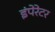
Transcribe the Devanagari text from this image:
इंपेरेटर